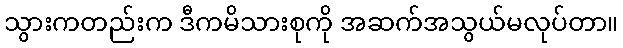
သွားကတည်းက ဒီကမိသားစုကို အဆက်အသွယ်မလုပ်တာ။